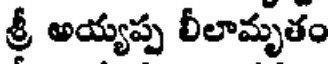
శ్రీ అయ్యప్ప లీలామృతం